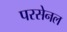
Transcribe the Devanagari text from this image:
परसेनल